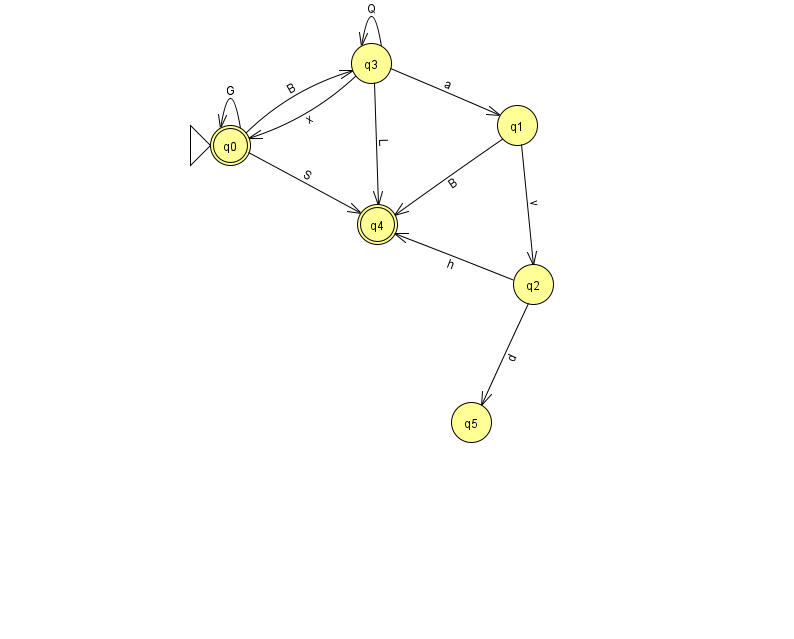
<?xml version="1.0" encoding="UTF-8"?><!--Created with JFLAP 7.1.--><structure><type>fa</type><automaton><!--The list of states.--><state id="0" name="q0"><x>230.0</x><y>132.0</y><initial/><final/></state><state id="1" name="q1"><x>517.0</x><y>112.0</y></state><state id="2" name="q2"><x>533.0</x><y>271.0</y></state><state id="3" name="q3"><x>371.0</x><y>50.0</y></state><state id="4" name="q4"><x>377.0</x><y>211.0</y><final/></state><state id="5" name="q5"><x>471.0</x><y>409.0</y></state><!--The list of transitions.--><transition><from>3</from><to>0</to><read>x</read></transition><transition><from>3</from><to>3</to><read>Q</read></transition><transition><from>1</from><to>4</to><read>B</read></transition><transition><from>2</from><to>5</to><read>d</read></transition><transition><from>0</from><to>4</to><read>S</read></transition><transition><from>2</from><to>4</to><read>h</read></transition><transition><from>3</from><to>4</to><read>L</read></transition><transition><from>0</from><to>0</to><read>G</read></transition><transition><from>3</from><to>1</to><read>a</read></transition><transition><from>0</from><to>3</to><read>B</read></transition><transition><from>1</from><to>2</to><read>v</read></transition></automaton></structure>